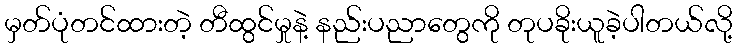
မှတ်ပုံတင်ထားတဲ့ တီထွင်မှုနဲ့ နည်းပညာတွေကို တုပခိုးယူခဲ့ပါတယ်လို့